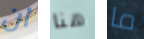
ان هنا ما